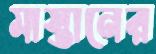
মাস্তানের